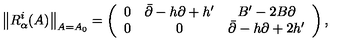
\left\| R _ { \alpha } ^ { i } ( A ) \right\| _ { A = A _ { 0 } } = \left( \begin{array} { c c c } { 0 } & { \bar { \partial } - h \partial + h ^ { \prime } } & { B ^ { \prime } - 2 B \partial } \\ { 0 } & { 0 } & { \bar { \partial } - h \partial + 2 h ^ { \prime } } \\ \end{array} \right) ,